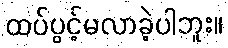
ထပ်ပွင့်မလာခဲ့ပါဘူး။